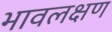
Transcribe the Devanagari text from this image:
भावलक्षण